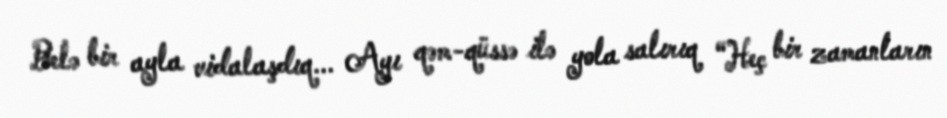
Belə bir ayla vidalaşdıq... Ayı qəm-qüssə ilə yola salırıq “Heç bir zamanların